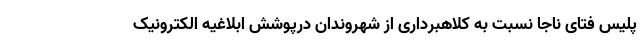
پلیس فتای ناجا نسبت به کلاهبرداری از شهروندان درپوشش ابلاغیه الکترونیک